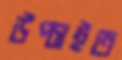
উপ্‌চাইত